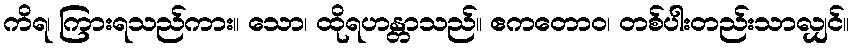
ကိရ၊ ကြားရသည်ကား။ သော၊ ထိုရဟန္တာသည်။ ဧကတောဝ၊ တစ်ပါးတည်းသာလျှင်။